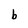
Character: b